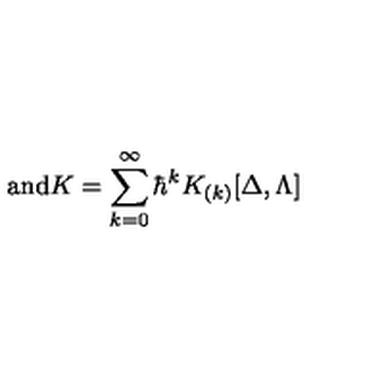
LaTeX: \mathrm { a n d } K = \sum _ { k = 0 } ^ { \infty } \hbar ^ { k } K _ { ( k ) } [ \Delta , \Lambda ]